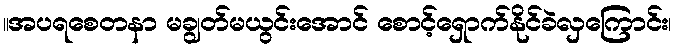
။အပရစေတနာ မချွတ်မယွင်းအောင် စောင့်ရှောက်နိုင်ခဲလှကြောင်း၊